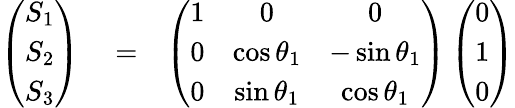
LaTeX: \begin{array}{rlr}{\left(\begin{array}{c}{S_{1}}\\ {S_{2}}\\ {S_{3}}\end{array}\right)}&{{}=}&{\left(\begin{array}{ccc}{1}&{0}&{0}\\ {0}&{\cos\theta_{1}}&{-\sin\theta_{1}}\\ {0}&{\sin\theta_{1}}&{\cos\theta_{1}}\end{array}\right)\left(\begin{array}{c}{0}\\ {1}\\ {0}\end{array}\right)}\end{array}